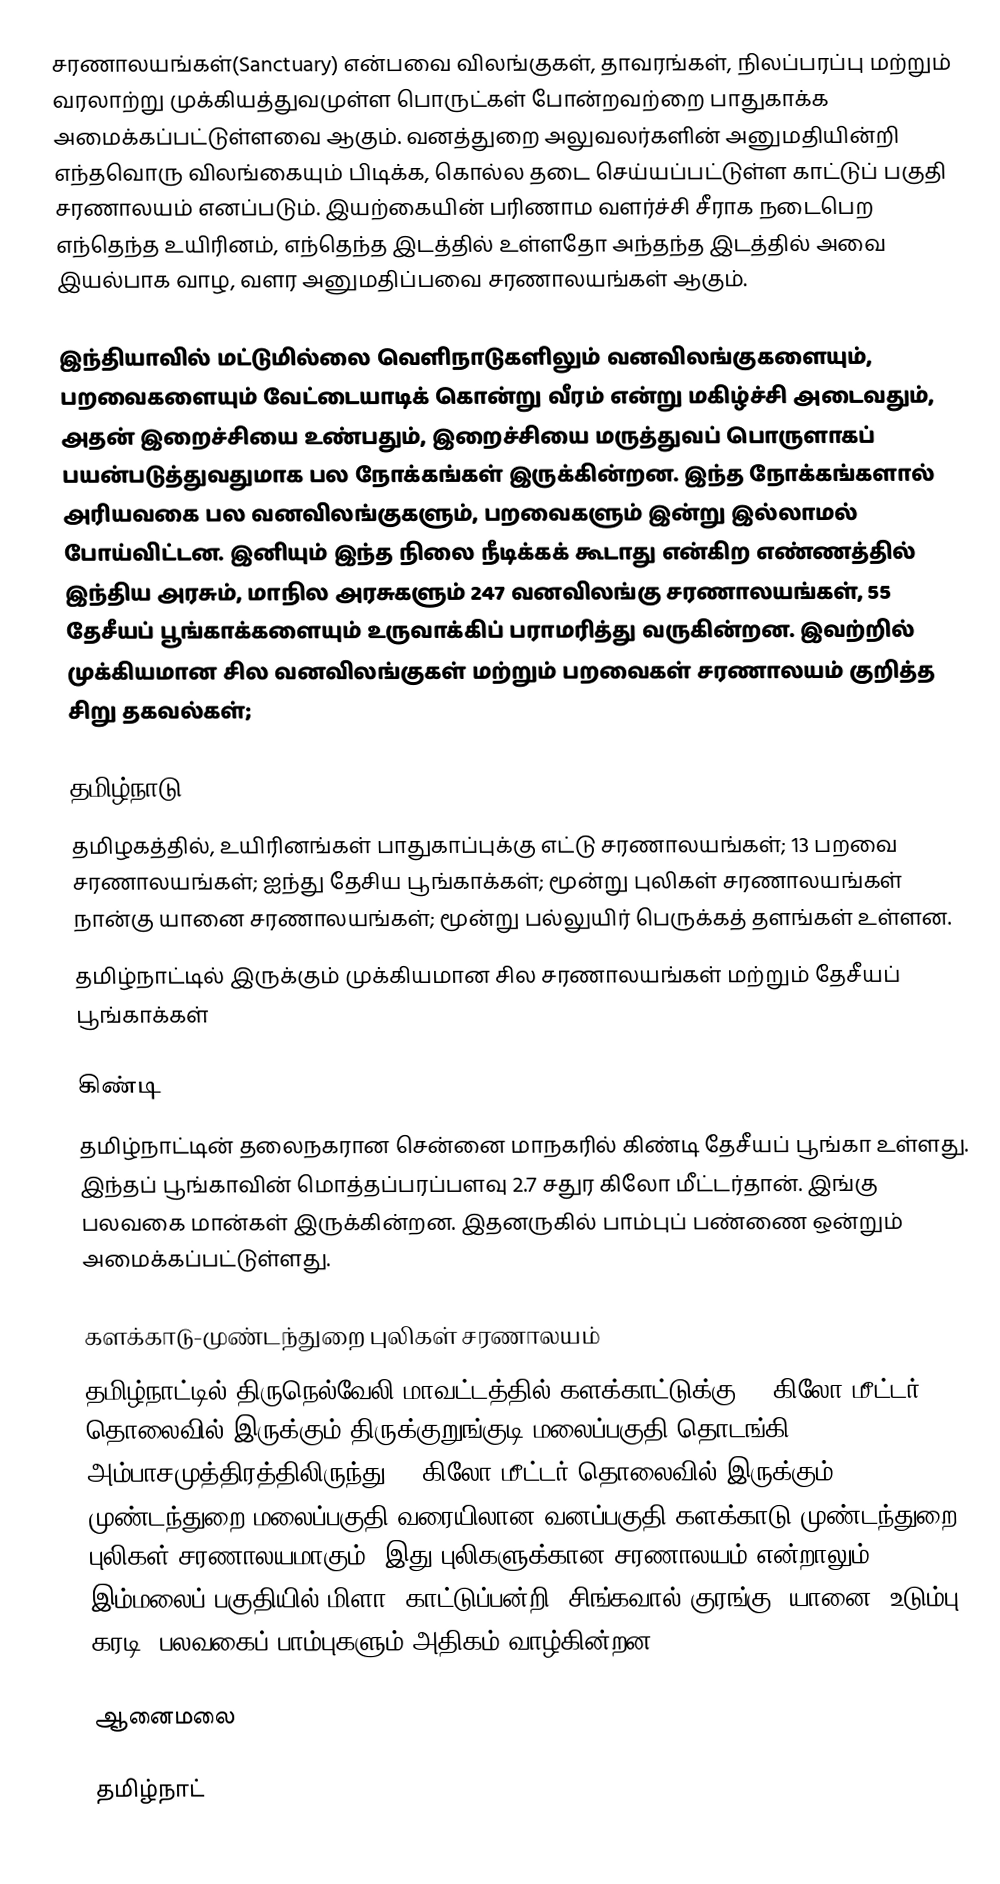
சரணாலயங்கள்(Sanctuary) என்பவை விலங்குகள், தாவரங்கள், நிலப்பரப்பு மற்றும் வரலாற்று முக்கியத்துவமுள்ள பொருட்கள் போன்றவற்றை பாதுகாக்க அமைக்கப்பட்டுள்ளவை ஆகும். வனத்துறை அலுவலர்களின் அனுமதியின்றி எந்தவொரு விலங்கையும் பிடிக்க, கொல்ல தடை செய்யப்பட்டுள்ள காட்டுப் பகுதி சரணாலயம் எனப்படும். இயற்கையின் பரிணாம வளர்ச்சி சீராக நடைபெற எந்தெந்த உயிரினம், எந்தெந்த இடத்தில் உள்ளதோ அந்தந்த இடத்தில் அவை இயல்பாக வாழ, வளர அனுமதிப்பவை சரணாலயங்கள் ஆகும்.

இந்தியாவில் மட்டுமில்லை வெளிநாடுகளிலும் வனவிலங்குகளையும், பறவைகளையும் வேட்டையாடிக் கொன்று வீரம் என்று மகிழ்ச்சி அடைவதும், அதன் இறைச்சியை உண்பதும், இறைச்சியை மருத்துவப் பொருளாகப் பயன்படுத்துவதுமாக பல நோக்கங்கள் இருக்கின்றன. இந்த நோக்கங்களால் அரியவகை பல வனவிலங்குகளும், பறவைகளும் இன்று இல்லாமல் போய்விட்டன. இனியும் இந்த நிலை நீடிக்கக் கூடாது என்கிற எண்ணத்தில் இந்திய அரசும், மாநில அரசுகளும் 247 வனவிலங்கு சரணாலயங்கள், 55 தேசீயப் பூங்காக்களையும் உருவாக்கிப் பராமரித்து வருகின்றன. இவற்றில் முக்கியமான சில வனவிலங்குகள் மற்றும் பறவைகள் சரணாலயம் குறித்த சிறு தகவல்கள்;

தமிழ்நாடு
தமிழகத்தில், உயிரினங்கள் பாதுகாப்புக்கு எட்டு சரணாலயங்கள்; 13 பறவை சரணாலயங்கள்; ஐந்து தேசிய பூங்காக்கள்; மூன்று புலிகள் சரணாலயங்கள் நான்கு யானை சரணாலயங்கள்; மூன்று பல்லுயிர் பெருக்கத் தளங்கள் உள்ளன.
தமிழ்நாட்டில் இருக்கும் முக்கியமான சில சரணாலயங்கள் மற்றும் தேசீயப் பூங்காக்கள்

கிண்டி
தமிழ்நாட்டின் தலைநகரான சென்னை மாநகரில் கிண்டி தேசீயப் பூங்கா உள்ளது. இந்தப் பூங்காவின் மொத்தப்பரப்பளவு 2.7 சதுர கிலோ மீட்டர்தான். இங்கு பலவகை மான்கள் இருக்கின்றன. இதனருகில் பாம்புப் பண்ணை ஒன்றும் அமைக்கப்பட்டுள்ளது.

களக்காடு-முண்டந்துறை புலிகள் சரணாலயம்
தமிழ்நாட்டில்  திருநெல்வேலி மாவட்டத்தில் களக்காட்டுக்கு 15 கிலோ மீட்டர் தொலைவில் இருக்கும்  திருக்குறுங்குடி மலைப்பகுதி தொடங்கி  அம்பாசமுத்திரத்திலிருந்து 40 கிலோ மீட்டர் தொலைவில் இருக்கும் முண்டந்துறை மலைப்பகுதி வரையிலான வனப்பகுதி களக்காடு-முண்டந்துறை புலிகள் சரணாலயமாகும். இது புலிகளுக்கான சரணாலயம் என்றாலும் இம்மலைப் பகுதியில் மிளா, காட்டுப்பன்றி, சிங்கவால் குரங்கு, யானை, உடும்பு, கரடி, பலவகைப் பாம்புகளும் அதிகம் வாழ்கின்றன.

ஆனைமலை

தமிழ்நாட்